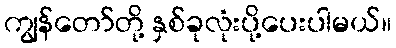
ကျွန်တော်တို့ နှစ်ခုလုံးပို့ပေးပါမယ်။